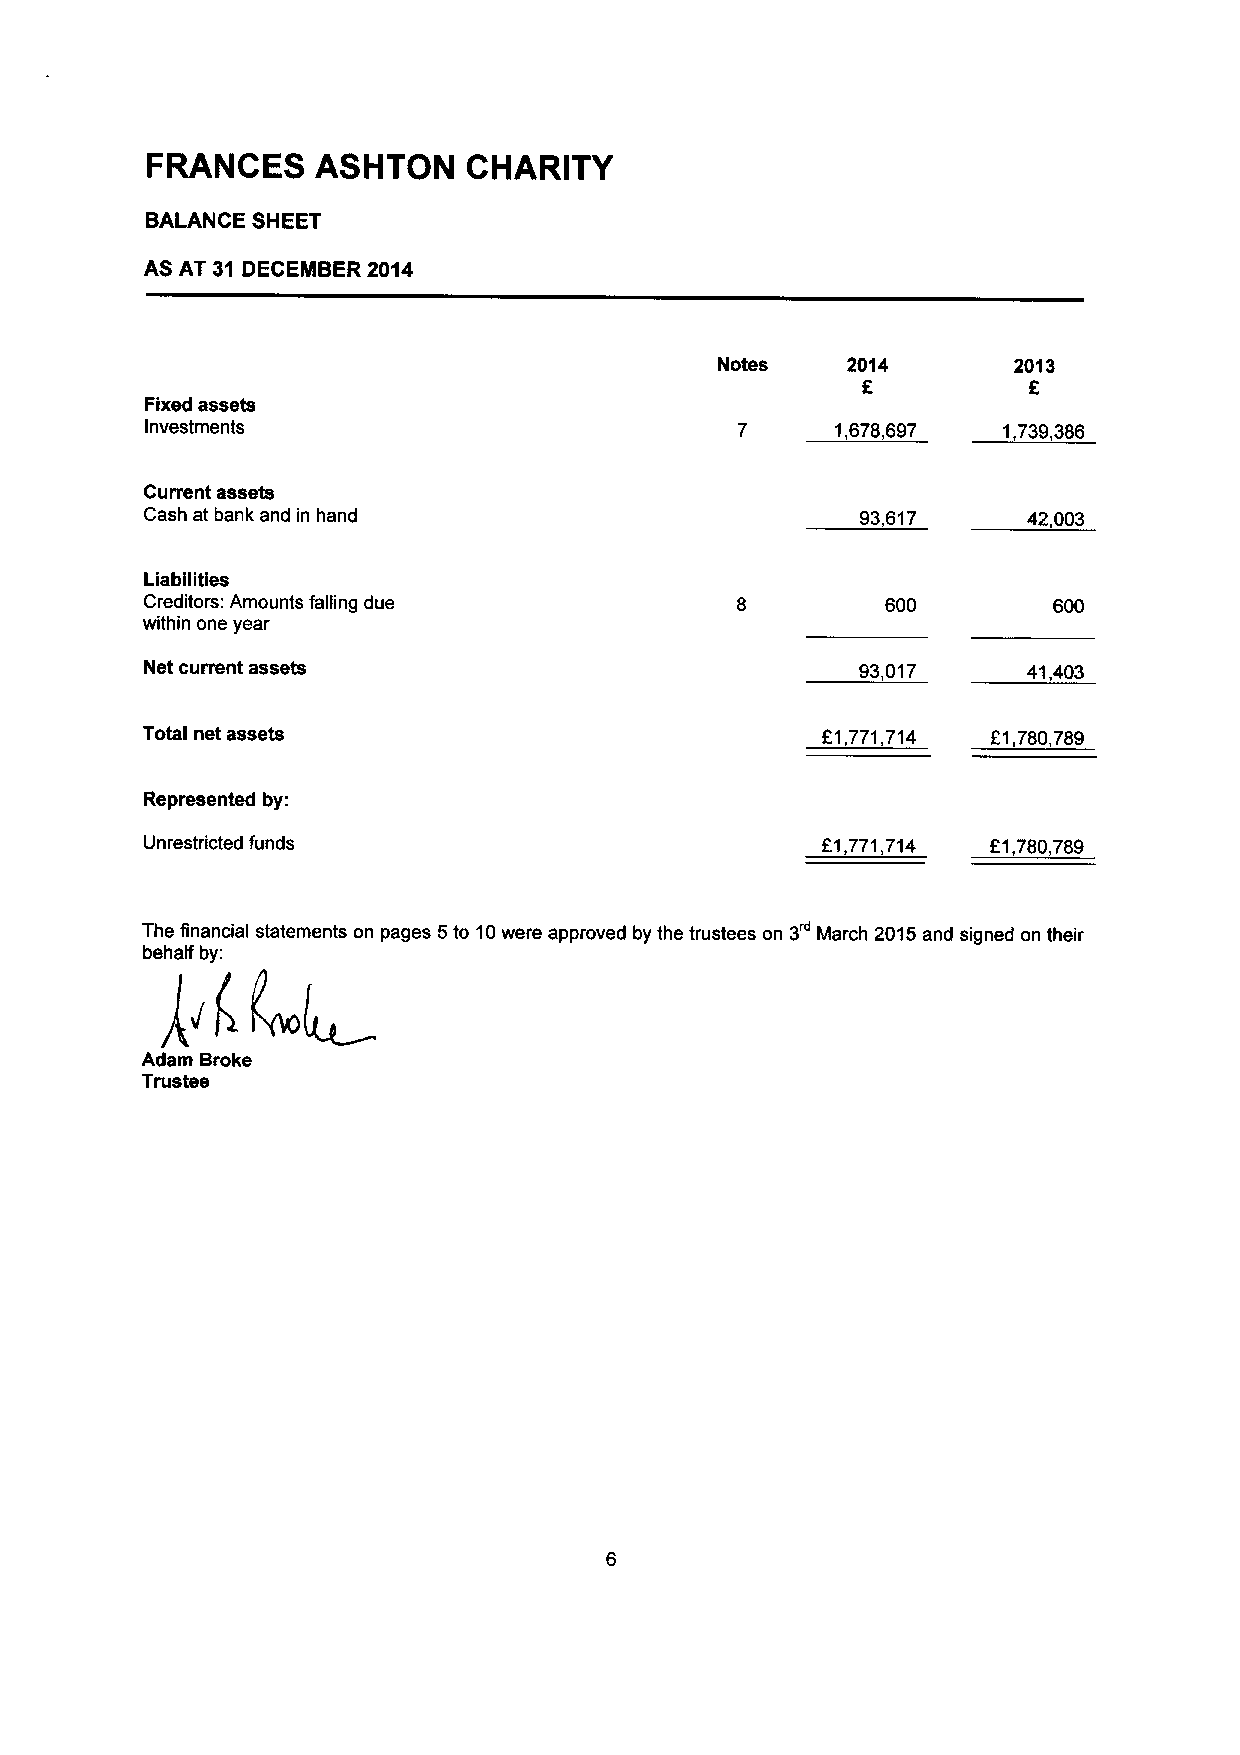
FRANCES    ASHTON    CHARITY
 BALANCE SHEET
 AS AT 31 DECEMBER 2014
 Notes   2014       2013
 Fixed assets
 Investments                                  1,678,697  1 739,386
 Current assets
 Cash at bank and in hand                       93,617     42,003
 Liabilities
 Creditors: Amounts falling due                   600
 within one year
 Net current assets                             93,017     41,403
 Total net assets                             81,771 714  61,780,789
 Represented by:
 Unrestricted funds                          F1,771,714  E1,780,789
 The financial statements on pages 5to 10were approved by the trustees on 3 March 2015and signed on their
 behalf by:
 Adam Broke
 Trustee